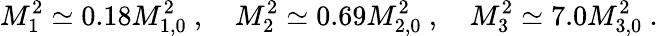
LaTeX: M_{1}^{2}\simeq 0.18M_{1,0}^{2}~,\quad M_{2}^{2}\simeq 0.69M_{2,0}^{2}~,\quad M_{3}^{2}\simeq 7.0M_{3,0}^{2}~.